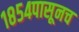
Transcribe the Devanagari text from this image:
१८५४पासूनच